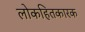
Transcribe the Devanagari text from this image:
लोकहितकारक